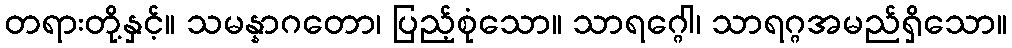
တရားတို့နှင့်။ သမန္နာဂတော၊ ပြည့်စုံသော။ သာရဂ္ဂေါ၊ သာရဂ္ဂအမည်ရှိသော။